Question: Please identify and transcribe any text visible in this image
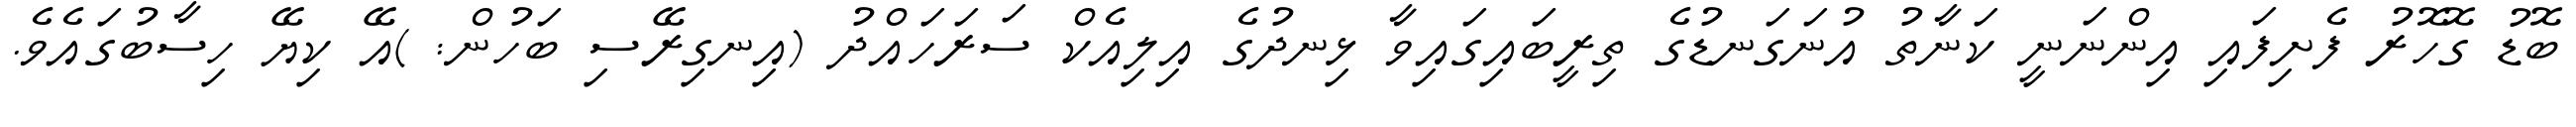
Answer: ބޮޑު ގޮހޮރު ފެށިފައި އިންނަނީ ކަނާތު އުނަގަނޑުގެ ތިރީބައިގައިވާ ޅިނދުގެ އިލިއެކް ސަރަހައްދު (އިނގިރޭސި ބަހުން: )އޭ ކިޔޭ ހިސާބުގައެވެ.